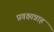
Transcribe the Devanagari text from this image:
प्रवक्ष्यन्नाह